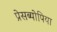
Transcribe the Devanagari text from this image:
प्रेसब्योपिया